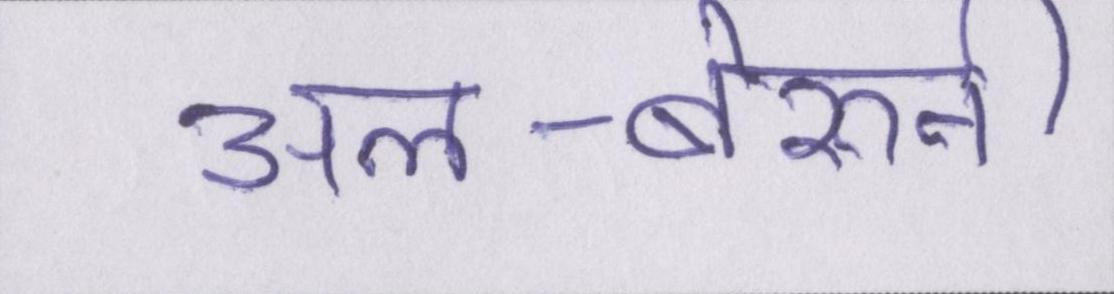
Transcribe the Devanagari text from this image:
अल-बेरुनी